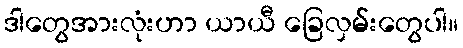
ဒါတွေအားလုံးဟာ ယာယီ ခြေလှမ်းတွေပါ။